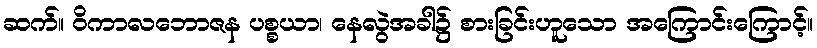
ဆက်။ ဝိကာလဘောဇန ပစ္စယာ၊ နေလွဲအခါ၌ စားခြင်းဟူသော အကြောင်းကြောင့်။